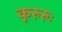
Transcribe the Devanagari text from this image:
कुरुरुः